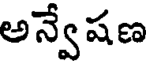
అన్వేషణ